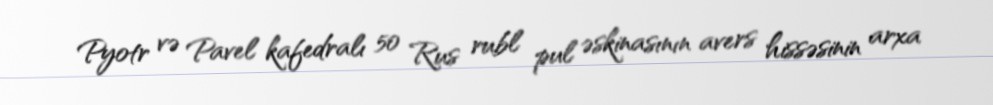
Pyotr və Pavel kafedralı 50 Rus rubl pul əskinasının avers hissəsinin arxa